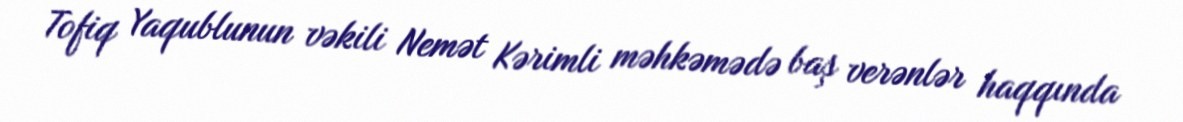
Tofiq Yaqublunun vəkili Nemət Kərimli məhkəmədə baş verənlər haqqında